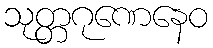
သုတ္တဂုဏေနေဝ